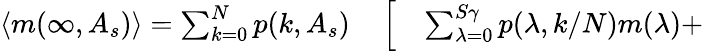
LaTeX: \begin{array}{rl}{\langle m(\infty,A_{s})\rangle=\sum_{k=0}^{N}p(k,A_{s})}&{{}\left[\quad\sum_{\lambda=0}^{S\gamma}p(\lambda,k/N)m(\lambda)+\right.}\end{array}